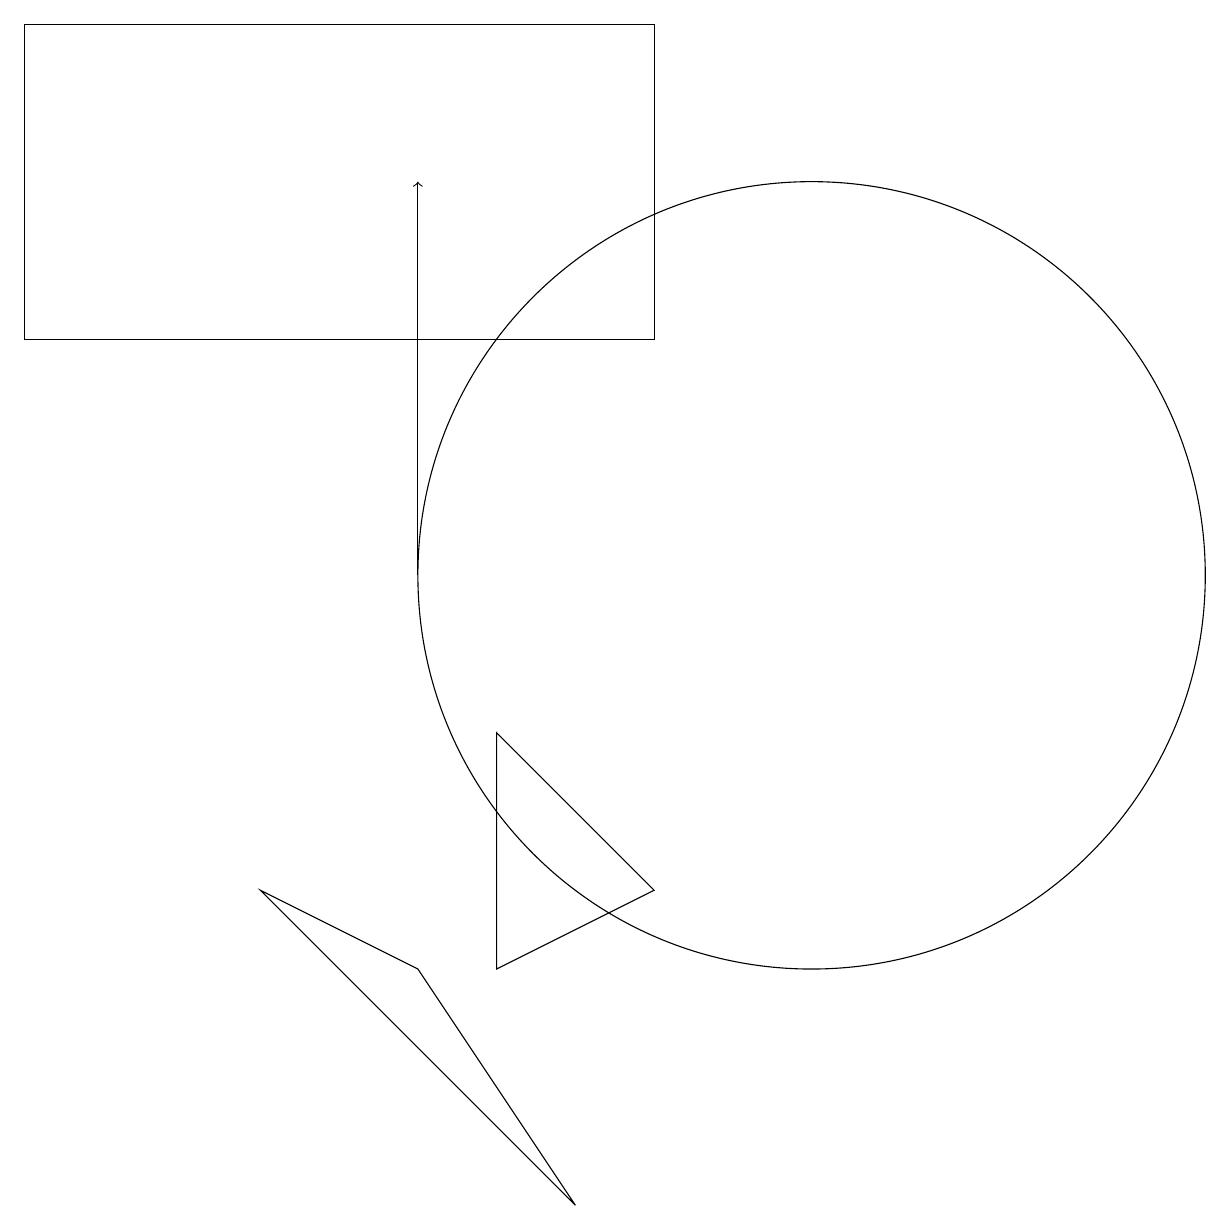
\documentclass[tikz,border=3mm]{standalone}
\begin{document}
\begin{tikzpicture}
\draw (8,3) -- (4,7) -- (6,6) -- cycle;
\draw (7,6) -- (7,9) -- (9,7) -- cycle;
\draw (11,11) circle (5);
\draw (4,13) rectangle (4,13);
\draw (9,18) rectangle (1,14);
\draw[->] (6,11) -- (6,16);
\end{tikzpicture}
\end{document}